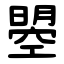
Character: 曌